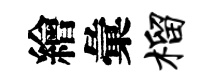
繪彙榴